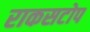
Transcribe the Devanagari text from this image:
राकसटोप